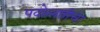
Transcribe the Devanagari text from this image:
पदोन्नतीचा